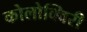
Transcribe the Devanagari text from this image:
कोलोक्विरी